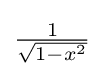
{\textstyle {\frac {1}{\sqrt {1-x^{2}}}}}